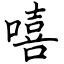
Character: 嘻